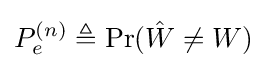
P_{e}^{(n)}\triangleq \Pr({\hat {W}}\neq W)